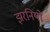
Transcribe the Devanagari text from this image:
झरनियों